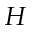
H